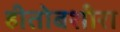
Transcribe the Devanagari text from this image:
हीतोबशीरा